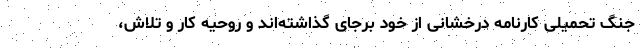
جنگ تحمیلی کارنامه درخشانی از خود برجای گذاشته‌اند و روحیه کار و تلاش،